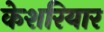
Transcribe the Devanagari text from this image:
केशरियार